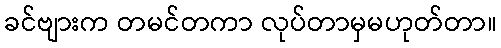
ခင်ဗျားက တမင်တကာ လုပ်တာမှမဟုတ်တာ။